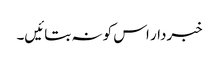
خبردار اس کو نہ بتائیں۔